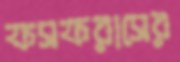
ফসফরাসের